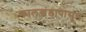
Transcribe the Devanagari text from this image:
कालखंडापासुन